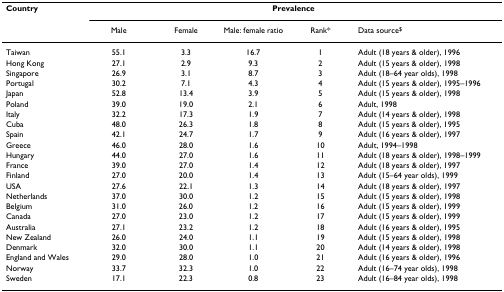
<table><thead><tr><td><b>Country</b></td><td colspan="5"><b>Prevalence</b></td></tr><tr><td></td><td><b>Male</b></td><td><b>Female</b></td><td><b>Male: female ratio</b></td><td><b>Rank*</b></td><td><b>Data source<sup>$</sup></b></td></tr></thead><tbody><tr><td>Taiwan</td><td>55.1</td><td>3.3</td><td>16.7</td><td>1</td><td>Adult (18 years &amp; older), 1996</td></tr><tr><td>Hong Kong</td><td>27.1</td><td>2.9</td><td>9.3</td><td>2</td><td>Adult (15 years &amp; older), 1998</td></tr><tr><td>Singapore</td><td>26.9</td><td>3.1</td><td>8.7</td><td>3</td><td>Adult (18–64 year olds), 1998</td></tr><tr><td>Portugal</td><td>30.2</td><td>7.1</td><td>4.3</td><td>4</td><td>Adult (15 years &amp; older), 1995–1996</td></tr><tr><td>Japan</td><td>52.8</td><td>13.4</td><td>3.9</td><td>5</td><td>Adult (15 years &amp; older), 1998</td></tr><tr><td>Poland</td><td>39.0</td><td>19.0</td><td>2.1</td><td>6</td><td>Adult, 1998</td></tr><tr><td>Italy</td><td>32.2</td><td>17.3</td><td>1.9</td><td>7</td><td>Adult (14 years &amp; older), 1998</td></tr><tr><td>Cuba</td><td>48.0</td><td>26.3</td><td>1.8</td><td>8</td><td>Adult (15 years &amp; older), 1995</td></tr><tr><td>Spain</td><td>42.1</td><td>24.7</td><td>1.7</td><td>9</td><td>Adult (16 years &amp; older), 1997</td></tr><tr><td>Greece</td><td>46.0</td><td>28.0</td><td>1.6</td><td>10</td><td>Adult, 1994–1998</td></tr><tr><td>Hungary</td><td>44.0</td><td>27.0</td><td>1.6</td><td>11</td><td>Adult (18 years &amp; older), 1998–1999</td></tr><tr><td>France</td><td>39.0</td><td>27.0</td><td>1.4</td><td>12</td><td>Adult (18 years &amp; older), 1997</td></tr><tr><td>Finland</td><td>27.0</td><td>20.0</td><td>1.4</td><td>13</td><td>Adult (15–64 year olds), 1999</td></tr><tr><td>USA</td><td>27.6</td><td>22.1</td><td>1.3</td><td>14</td><td>Adult (18 years &amp; older), 1997</td></tr><tr><td>Netherlands</td><td>37.0</td><td>30.0</td><td>1.2</td><td>15</td><td>Adult (15 years &amp; older), 1998</td></tr><tr><td>Belgium</td><td>31.0</td><td>26.0</td><td>1.2</td><td>16</td><td>Adult (15 years &amp; older), 1999</td></tr><tr><td>Canada</td><td>27.0</td><td>23.0</td><td>1.2</td><td>17</td><td>Adult (15 years &amp; older), 1999</td></tr><tr><td>Australia</td><td>27.1</td><td>23.2</td><td>1.2</td><td>18</td><td>Adult (16 years &amp; older), 1995</td></tr><tr><td>New Zealand</td><td>26.0</td><td>24.0</td><td>1.1</td><td>19</td><td>Adult (15 years &amp; older), 1998</td></tr><tr><td>Denmark</td><td>32.0</td><td>30.0</td><td>1.1</td><td>20</td><td>Adult (14 years &amp; older), 1998</td></tr><tr><td>England and Wales</td><td>29.0</td><td>28.0</td><td>1.0</td><td>21</td><td>Adult (16 years &amp; older), 1996</td></tr><tr><td>Norway</td><td>33.7</td><td>32.3</td><td>1.0</td><td>22</td><td>Adult (16–74 year olds), 1998</td></tr><tr><td>Sweden</td><td>17.1</td><td>22.3</td><td>0.8</td><td>23</td><td>Adult (16–84 year olds), 1998</td></tr></tbody></table>